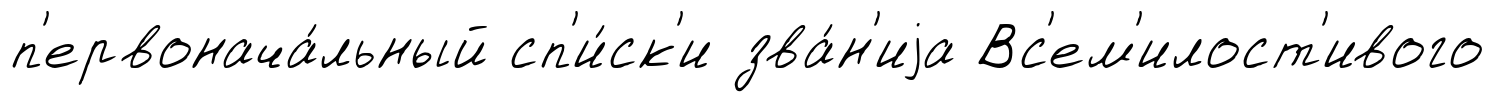
п'ервонача́льный сп'и́ск'и зва́н'иjа Вс'ем'илост'ивого